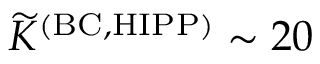
{ \widetilde K } ^ { \mathrm { ( B C , H I P P ) } } \sim 2 0